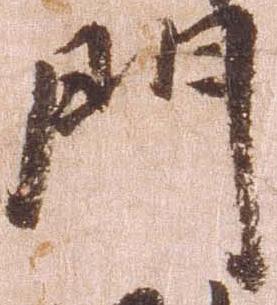
門